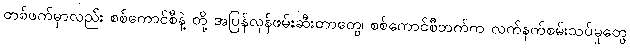
တစ်ဖက်မှာလည်း စစ်ကောင်စီနဲ့ တို့ အပြန်လှန်ဖမ်းဆီးတာတွေ၊ စစ်ကောင်စီဘက်က လက်နက်စမ်းသပ်မှုတွေ